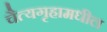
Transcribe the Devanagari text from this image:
चैत्यगृहामधील